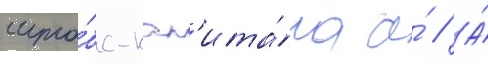
шта́бс-кап'ита́на а́ // А́